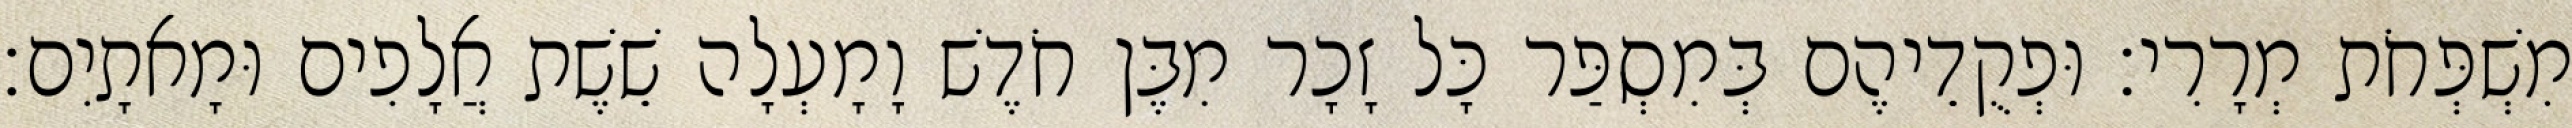
מִשְׁפְּחֹת מְרָרִי׃ וּפְקֻדֵיהֶם בְּמִסְפַּר כָּל זָכָר מִבֶּן חֹדֶשׁ וָמָעְלָה שֵׁשֶׁת אֲלָפִים וּמָאתָיִם׃